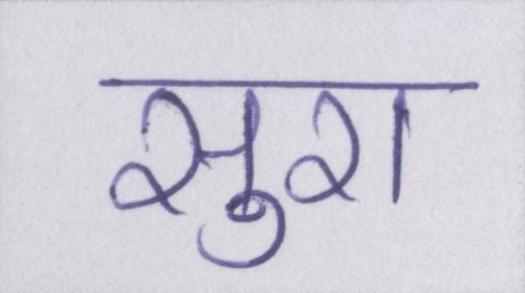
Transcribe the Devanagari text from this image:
सुरा